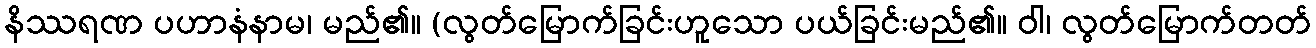
နိဿရဏ ပဟာနံနာမ၊ မည်၏။ (လွတ်မြောက်ခြင်းဟူသော ပယ်ခြင်းမည်၏။ ဝါ၊ လွတ်မြောက်တတ်